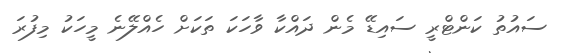
ސައުތު ކަންޓްރީ ސައިޑޭ މެން ދައްކާ ވާހަކަ ތަކަށް ހެއްލޭނެ މީހަކު މިފުރަ